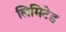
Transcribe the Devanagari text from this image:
लिमिटेड